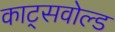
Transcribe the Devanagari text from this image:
काट्सवोल्ड